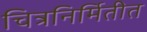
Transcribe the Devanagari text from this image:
चित्रनिर्मितीत